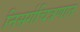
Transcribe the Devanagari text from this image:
निसर्गचित्रणात